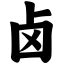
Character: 卤